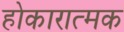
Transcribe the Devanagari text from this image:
होकारात्मक